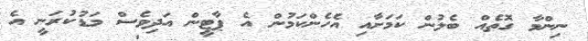
ނިންމާ ގޮތެއް ބެލުން ކަމަށާއި އެހެންކަމުން އެ ޕާޓީން އަދިވެސް މަޑުކުރަނީ އެ